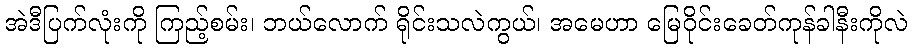
အဲဒီပြက်လုံးကို ကြည့်စမ်း၊ ဘယ်လောက် ရိုင်းသလဲကွယ်၊ အမေဟာ မြေဝိုင်းခေတ်ကုန်ခါနီးကိုလဲ